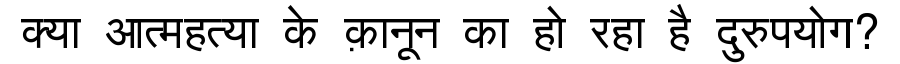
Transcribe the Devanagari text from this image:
क्या आत्महत्या के क़ानून का हो रहा है दुरुपयोग?